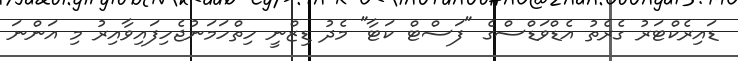
ޑައިރެކްޓަރު ގެރެތު އެޑްވަޑްސްގެ "ފަސްޓް ކަޓާ" މެދު ޑިޒްނީ ހިތްހަމަނުޖެހިފައިވާއިރު މި އަންނަ